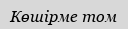
Көшірме том